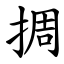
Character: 㨄